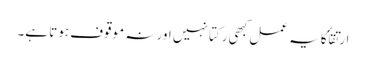
ارتقأ کا یہ عمل کبھی رکتا نہیں اور نہ موقوف ہوتا ہے۔